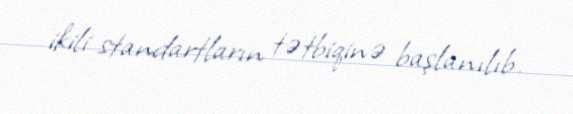
ikili standartların tətbiqinə başlanılıb.